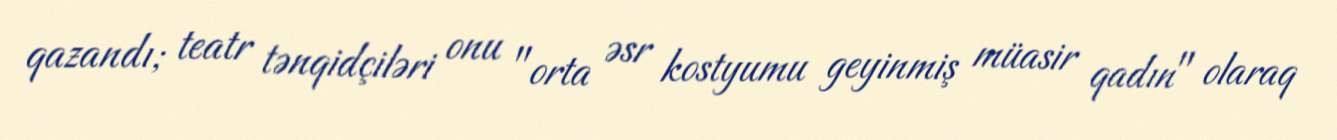
qazandı; teatr tənqidçiləri onu "orta əsr kostyumu geyinmiş müasir qadın" olaraq